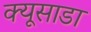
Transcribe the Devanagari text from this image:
क्यूसाडा